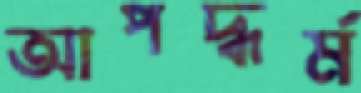
আপদ্ধর্ম